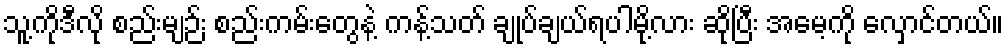
သူ့ကိုဒီလို စည်းမျဉ်း စည်းကမ်းတွေနဲ့ ကန့်သတ် ချုပ်ချယ်ရပါမို့လား ဆိုပြီး အမေ့ကို လှောင်တယ်။